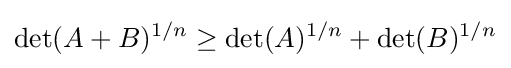
\det(A+B)^{1/n}\geq \det(A)^{1/n}+\det(B)^{1/n}